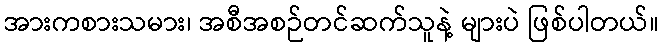
အားကစားသမား၊ အစီအစဉ်တင်ဆက်သူနဲ့ များပဲ ဖြစ်ပါတယ်။